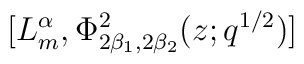
[L^{\alpha}_m , \Phi^2_{2\beta_1 ,2\beta_2} (z;q^{1/2} )]\